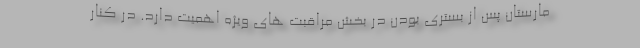
مارستان پس از بستری بودن در بخش مراقبت های ویژه اهمیت دارد. در کنار